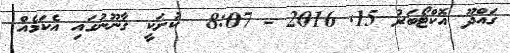
ގައްދޫ އޮކްޓޯބަރު 15